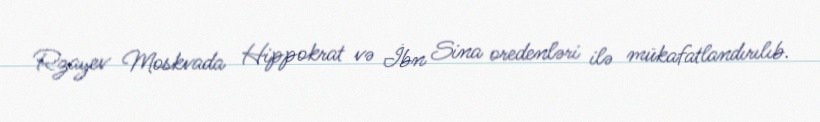
Rzayev Moskvada Hippokrat və İbn Sina oredenləri ilə mükafatlandırılıb.